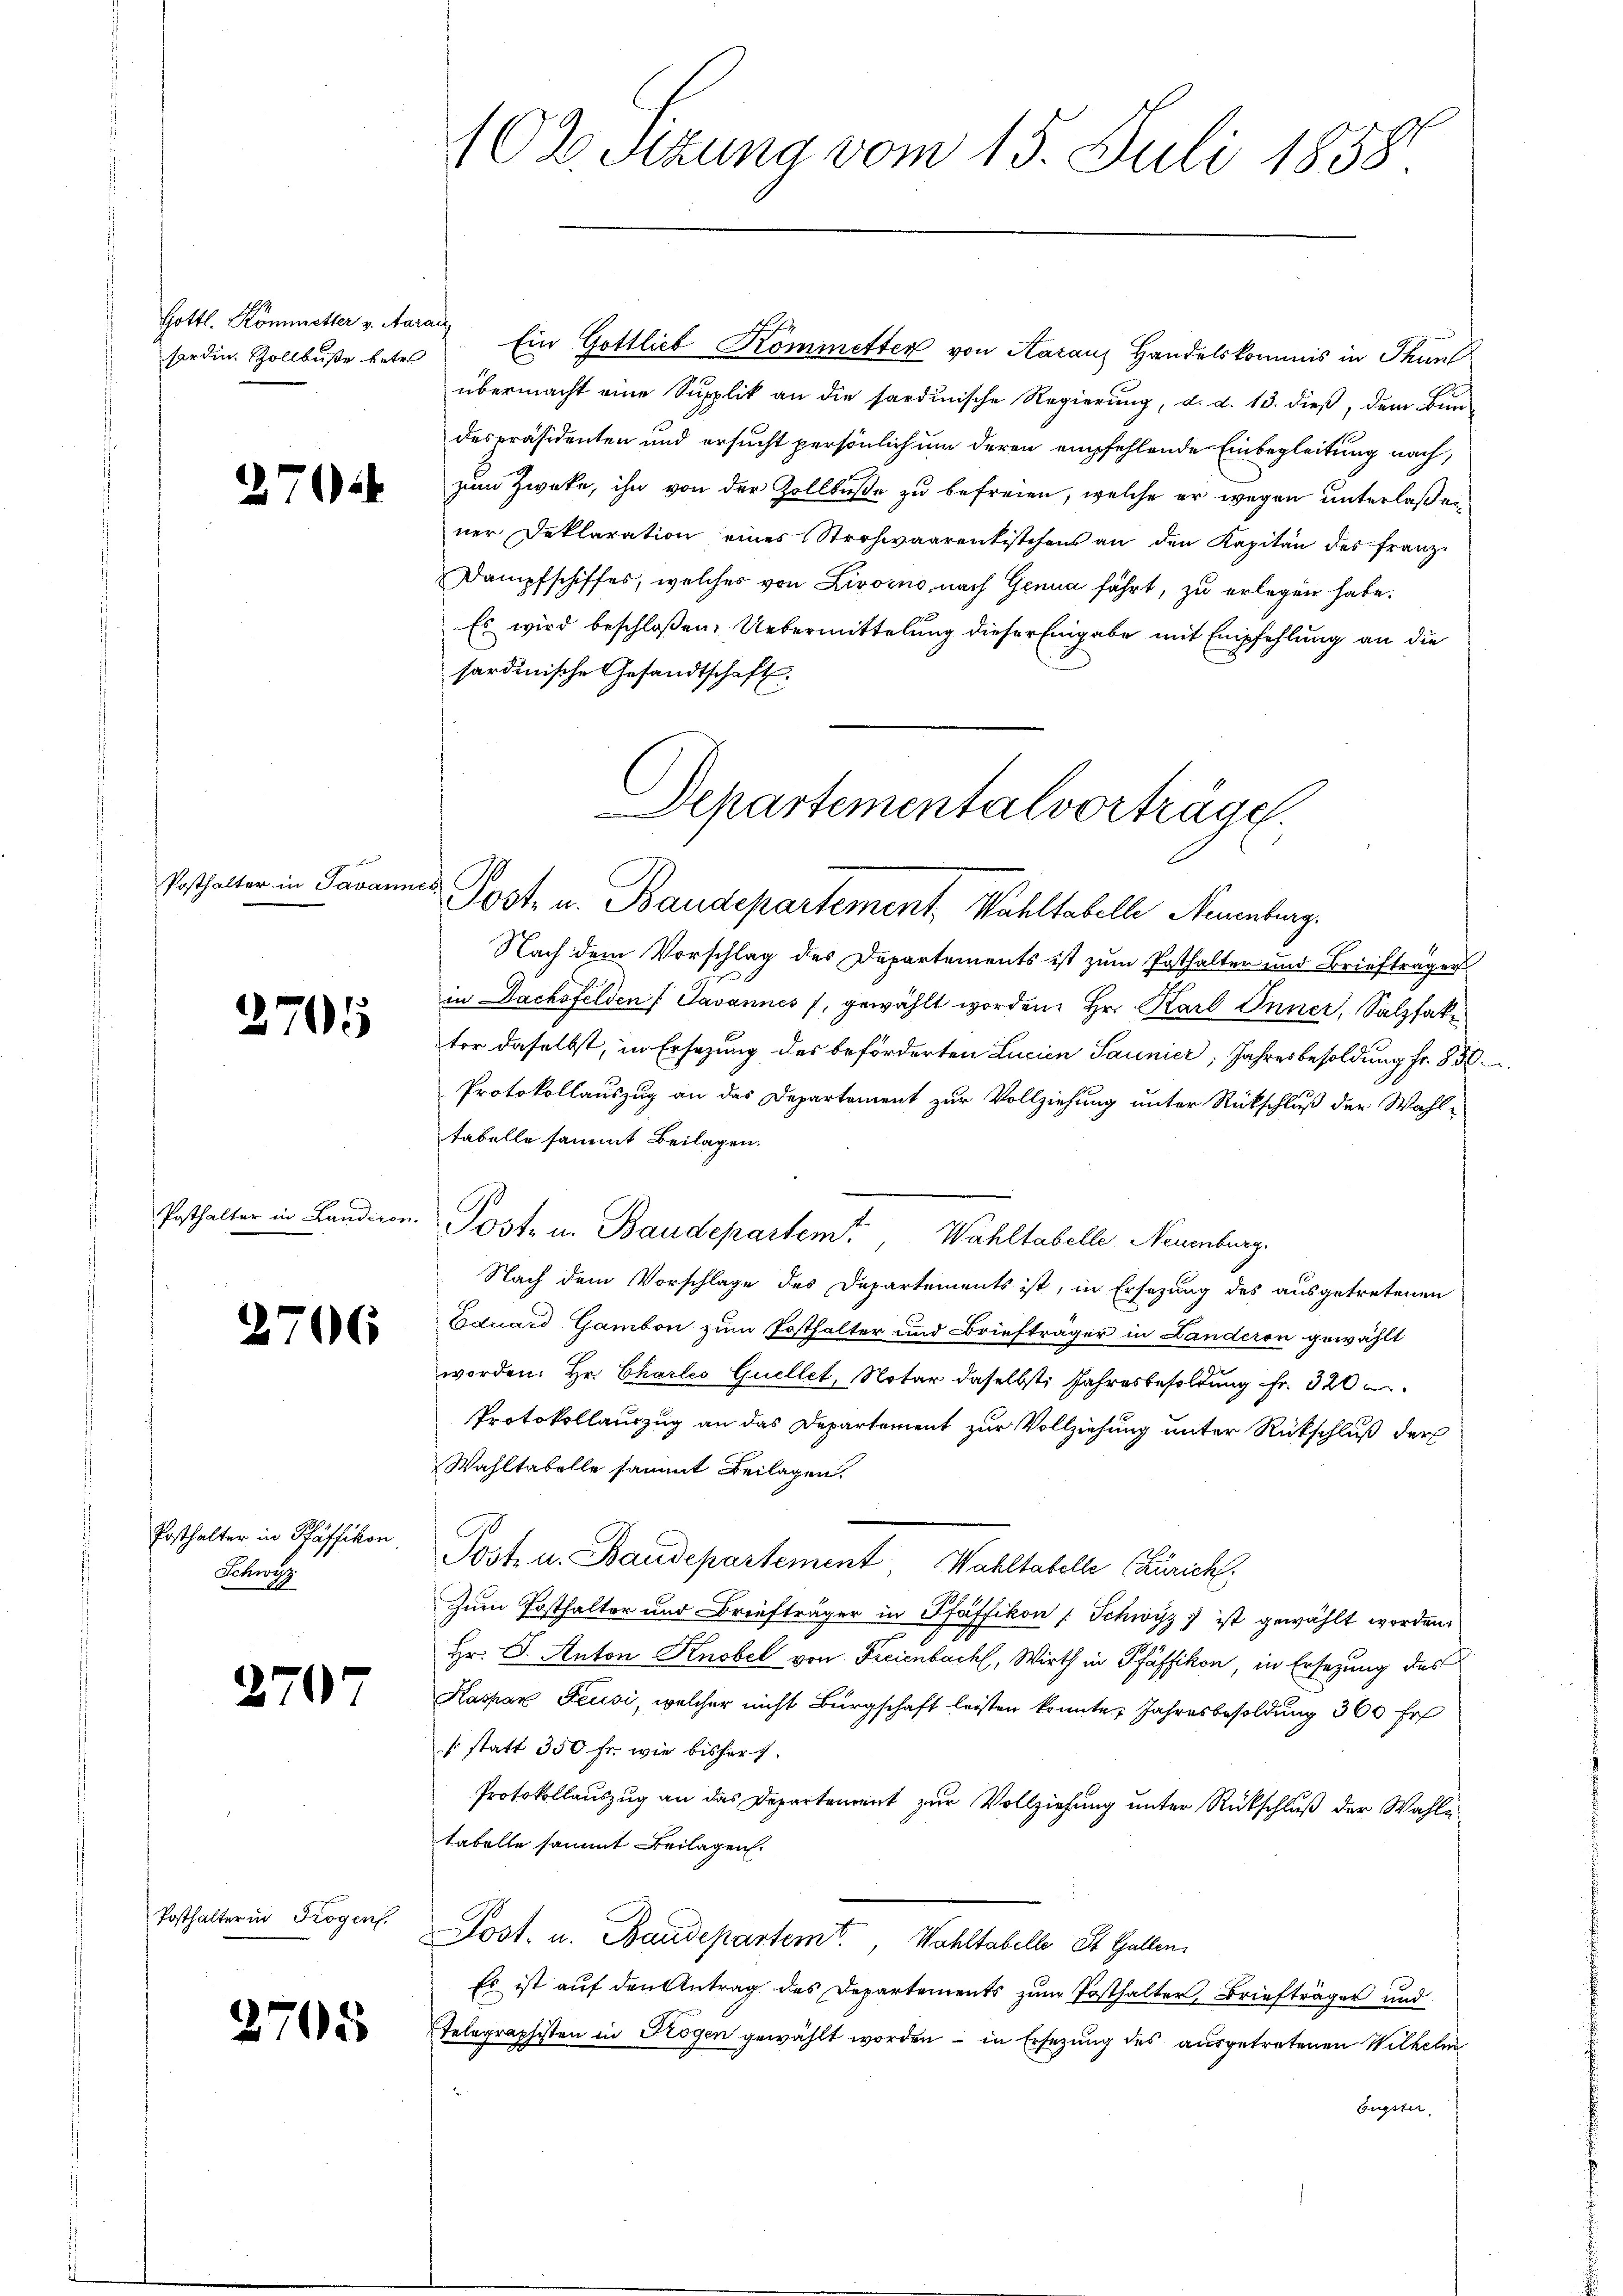
Gottl. Kommetter v. Aara
forden. Zollbuße betr

276

Posthalter in Javannes

3705

.

Posthalter in Landeren.

1706

Posthalter in Pfäffikon
Schwyz

2797

Posthalter in Trogen.

2705

102. Sitzung vom 15. Juli 1858

Departementalvorträge.
Post. u. Baudepartement, Wahltabelle Neuenburg.

Ein Gottlieb Kommetten von Aaraus Handelskommis in Thunl
übermacht eine Supplik an die sardinische Regierung, d. d. 13. dieß, dem Bun-
despräsidenten und ersucht persönlich um deren empfehlende Einbegleitung nach,
zum Zwecke, ihn von der Zollbuße zu befreien, welche er wegen unterlaßen
ner Deklaration eines Strohwaarentistchens an den Kapitän des Franz¬
Dampfschiffes, welches von Livorno, nach Genua führt, zu erlegen habe.
Es wird beschloßen: Uebermittelung dieser Eingabe mit Empfehlung an die
sardinische Gesandtschaft
Nach dem Vorschlag des Departements ist zum Posthalter und Briefträger
in Dachsfelden Javannes gewählt worden. Hr. Karl Inner, Salzfaktor daselbst, in Ersezung des beförderten Lucien Saumer, Jahresbesoldung fr. 85
Protokollauszug an das Departement zur Vollziehung unter Rückschluß der Wahl-
tabelle sammt Beilagen.
Post- u. Baudepartemt, Wahltabelle Neuenburg.
Nach dem Vorschlage des Departements ist, in Ersezung des ausgetretenen
Eduard Gambon zum Posthalter und Briefträger in Landeron gewählt
worden. Hr. Charlo Quellet, Notar daselbst: Jahresbesoldung fr. 320
Protokollauszug an das Departement zur Vollziehung unter Rückschluß der
Wahltabelle sammt Beilagen.
Post- u. Baudepartement Wahltabelle (Zürich.
Zum Posthalter und Briefträger in Pfäffikon / Schwyz) ist gewählt worden.
Hr. P. Anton Knobel von Freienbach, Wirth in Pfäffikon, in Ersetzung des
Kaspar Feusi, welcher nicht Bürgschaft leisten konnte. Jahresbesoldung 360 fr
s statt 350 fr. wie bisher s.
Protokollauszug an das Departement zur Vollziehung unter Rückschluß der Wahle
tabelle sammt Beilagen.
Post. u. Baudepartemt., Wohltabelle St. Gallen.
Es ist auf den Antrag des Departements zum Posthalter, Briefträger und
Telegraphisten in Trogen gewählt worden - in Ersezung des ausgetretenen Wilhelm
Eugster